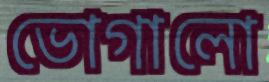
ভোগালো